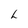
Character: L